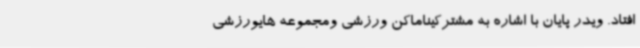
افتاد. ویدر پایان با اشاره به مشترکیناماکن ورزشی ومجموعه هایورزشی